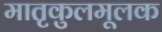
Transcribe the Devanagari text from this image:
मातृकुलमूलक